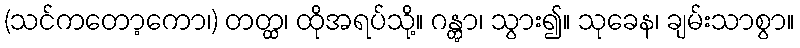
(သင်ကတော့ကော၊) တတ္ထ၊ ထိုအရပ်သို့။ ဂန္တွာ၊ သွား၍။ သုခေန၊ ချမ်းသာစွာ။